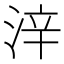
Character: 㳯